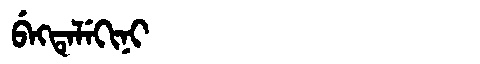
Manchu: ᠪᡝᡴᡨᡝᠯᡝᡴᡳᠨᡳ
Romanization: BEKTELEKINI